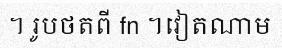
។ រូបថតពី fn ។វៀតណាម